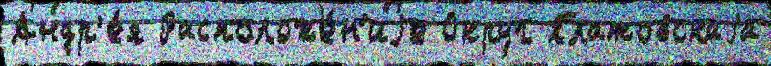
Андр'е́я Расположе́н'иjе Округ Платовскаjа